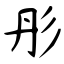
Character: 彤